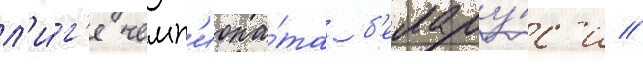
л'и́г'е чемп'иона́та б'елару́с'и //